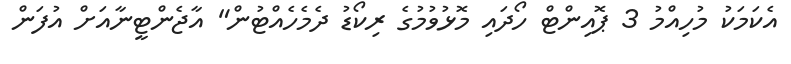
އެކަމަކު މުހިއްމު 3 ޕޮއިންޓް ހޯދައި މޮޅުވުމުގެ ރިކޯޑު ދެމެހެއްޓުން" އާޖެންޓީނާއަށް އުފަން